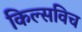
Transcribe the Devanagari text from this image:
किल्सविच